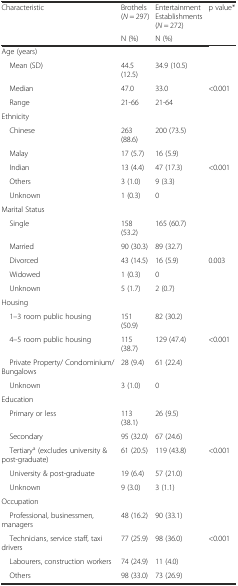
| <ROWSPAN=2> Characteristic | Brothels (N = 297) | Entertainment Establishments (N = 272) | <ROWSPAN=2> p value* |
 | N (%) | N (%) |
 | --- | --- | --- | --- |
 | Age (years) |  |  |  |
 | Mean (SD) | 44.5 (12.5) | 34.9 (10.5) |  |
 | Median | 47.0 | 33.0 | <0.001 |
 | Range | 21-66 | 21-64 |  |
 | Ethnicity |  |  |  |
 | Chinese | 263 (88.6) | 200 (73.5) |  |
 | Malay | 17 (5.7) | 16 (5.9) |  |
 | Indian | 13 (4.4) | 47 (17.3) | <0.001 |
 | Others | 3 (1.0) | 9 (3.3) |  |
 | Unknown | 1 (0.3) | 0 |  |
 | Marital Status |  |  |  |
 | Single | 158 (53.2) | 165 (60.7) |  |
 | Married | 90 (30.3) | 89 (32.7) |  |
 | Divorced | 43 (14.5) | 16 (5.9) | 0.003 |
 | Widowed | 1 (0.3) | 0 |  |
 | Unknown | 5 (1.7) | 2 (0.7) |  |
 | Housing |  |  |  |
 | 1–3 room public housing | 151 (50.9) | 82 (30.2) |  |
 | 4–5 room public housing | 115 (38.7) | 129 (47.4) | <0.001 |
 | Private Property/ Condominium/ Bungalows | 28 (9.4) | 61 (22.4) |  |
 | Unknown | 3 (1.0) | 0 |  |
 | Education |  |  |  |
 | Primary or less | 113 (38.1) | 26 (9.5) |  |
 | Secondary | 95 (32.0) | 67 (24.6) |  |
 | Tertiarya (excludes university & post-graduate) | 61 (20.5) | 119 (43.8) | <0.001 |
 | University & post-graduate | 19 (6.4) | 57 (21.0) |  |
 | Unknown | 9 (3.0) | 3 (1.1) |  |
 | Occupation |  |  |  |
 | Professional, businessmen, managers | 48 (16.2) | 90 (33.1) |  |
 | Technicians, service staff, taxi drivers | 77 (25.9) | 98 (36.0) | <0.001 |
 | Labourers, construction workers | 74 (24.9) | 11 (4.0) |  |
 | Others | 98 (33.0) | 73 (26.9) |  |